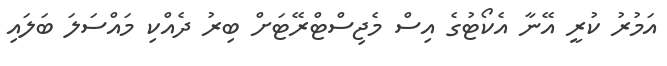
އަމުރު ކުރީ އޭނާ އެކޯޓުގެ އިސް މެޖިސްޓްރޭޓަށް ބިރު ދެއްކި މައްސަލަ ބަލައި